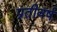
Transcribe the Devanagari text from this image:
प्रतीवर्ष